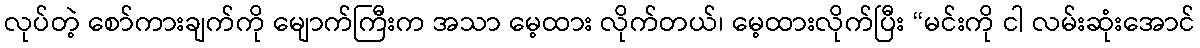
လုပ်တဲ့ စော်ကားချက်ကို မျောက်ကြီးက အသာ မေ့ထား လိုက်တယ်၊ မေ့ထားလိုက်ပြီး “မင်းကို ငါ လမ်းဆုံးအောင်